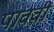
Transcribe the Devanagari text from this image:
पाववी